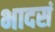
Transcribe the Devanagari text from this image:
भादसं